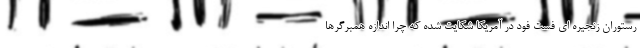
رستوران زنجیره ای فست فود در آمریکا شکایت شده که چرا اندازه همبرگرها